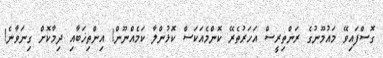
ގޮސްފައިވޭ މައުމޫނުގެ ރަންތިރީސް އަހަރުތެރޭ ކޮންމެއަކަސް ކޮޅުންލާ ކަމެއްނޫން! އިންތިޚަބާއި ދިމާކޮށް ގިނަވާނެ!